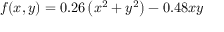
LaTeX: f ( x , y ) = 0 . 2 6 \left( x ^ { 2 } + y ^ { 2 } \right) - 0 . 4 8 x y